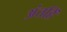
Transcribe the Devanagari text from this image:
अंतहिं